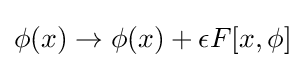
\phi (x)\rightarrow \phi (x)+\epsilon F[x,\phi ]